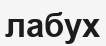
лабух